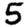
Digit: 5